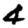
Digit: 4